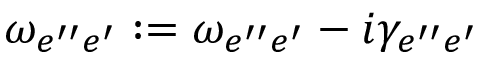
\omega _ { e ^ { \prime \prime } e ^ { \prime } } : = \omega _ { e ^ { \prime \prime } e ^ { \prime } } - i \gamma _ { e ^ { \prime \prime } e ^ { \prime } }